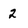
Character: 2